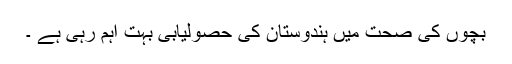
بچوں کی صحت میں ہندوستان کی حصولیابی بہت اہم رہی ہے ۔